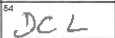
Transcription: DCL